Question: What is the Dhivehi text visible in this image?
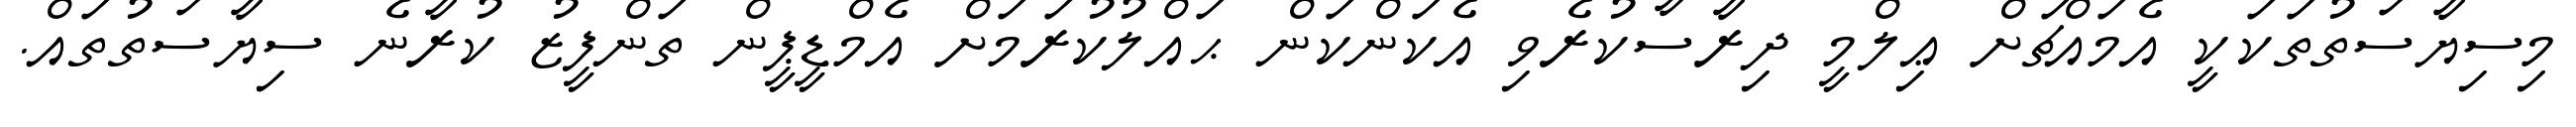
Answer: މިސިޔާސަތުތަކަކީ އެމައްޗަށް ޢިލްމީ ދިރާސާކުރެވި އެކަންކަން ޙައްލުކުރަމަށް އެމްޑީޕީން ތަންފީޒު ކުރާނެ ސިޔާސަތުތައް.